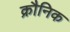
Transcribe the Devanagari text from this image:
क्रौनिक